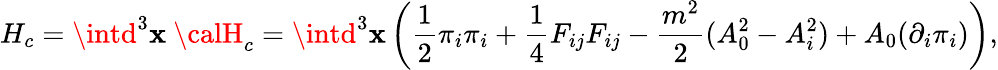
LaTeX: H_{c}={\displaystyle\intd^{3}\mathbf{x}~{\calH}_{c}}={\displaystyle\intd^{3}\mathbf{x}\left(\frac{{1}}{{2}}{\pi_{i}}{\pi_{i}}+{\frac{{1}}{{4}}}F_{ij}F_{ij}-\frac{{m^{2}}}{{2}}(A_{0}^{2}-A_{i}^{2})+A_{0}({\partial_{i}}\pi_{i})\right),}